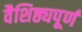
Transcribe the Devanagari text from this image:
वैशिष्ठ्यपूर्ण